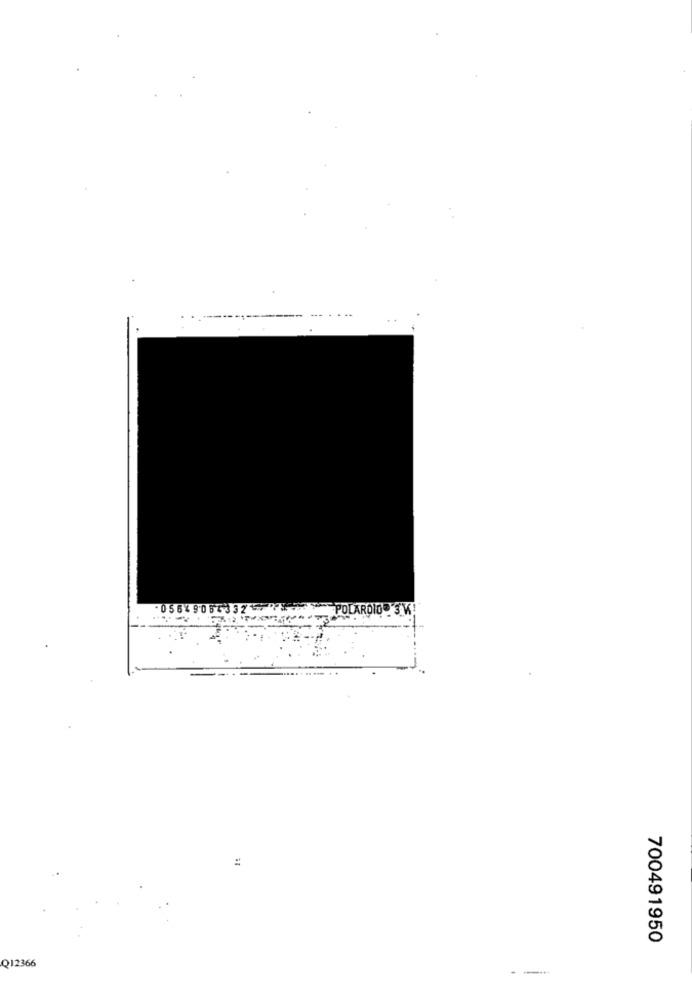
05649064
POLAROID 3V
=
700491950
Q12366
----